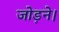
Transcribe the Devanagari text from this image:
जोड़ने।